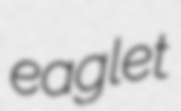
eaglet